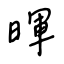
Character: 暉